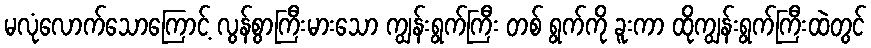
မလုံလောက်သောကြောင့် လွန်စွာကြီးမားသော ကျွန်းရွက်ကြီး တစ် ရွက်ကို ခူးကာ ထိုကျွန်းရွက်ကြီးထဲတွင်